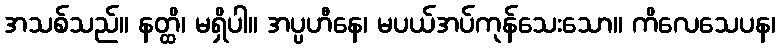
အသစ်သည်။ နတ္ထိ၊ မရှိပါ။ အပ္ပဟီနေ၊ မပယ်အပ်ကုန်သေးသော။ ကိလေသေပန၊